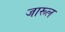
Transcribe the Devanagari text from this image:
जारूल